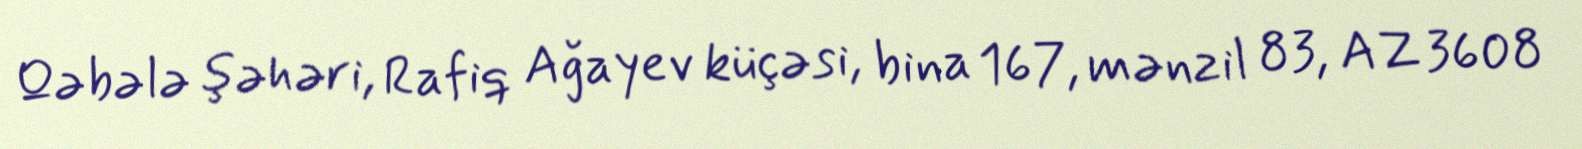
Qəbələ şəhəri, Rafiq Ağayev küçəsi, bina 167, mənzil 83, AZ 3608